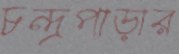
চন্দ্রপাড়ার